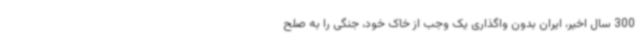
300 سال اخیر، ایران بدون واگذاری یک وجب از خاک خود، جنگی را به صلح